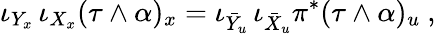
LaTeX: \iota_{Y_{x}}\, \iota_{X_{x}}(\tau\wedge\alpha)_{x}=\iota_{\bar{Y}_{u}}\, \iota_{\bar{X}_{u}}\pi^{*}(\tau\wedge\alpha)_{u}\ ,